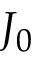
J _ { 0 }